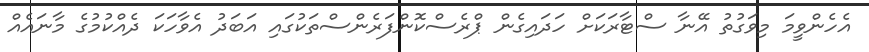
އެހެންވީމަ މިވަގުތު އޭނާ ސްޓާރަކަށް ހަދައިގެން ޕްރެސްކޮންފަރެންސްތަކުގައި އަބަދު އެވާހަކަ ދެއްކުމުގެ މާނައެއް